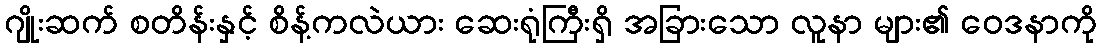
ဂျိုးဆက် စတိန်းနှင့် စိန့်ကလဲယား ဆေးရုံကြီးရှိ အခြားသော လူနာ များ၏ ဝေဒနာကို